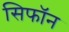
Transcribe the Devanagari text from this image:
सिफॉन